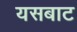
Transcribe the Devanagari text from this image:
यसबाट